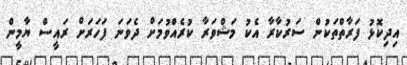
އިދިކޮޅު ފަރާތްތަކުން ސަރުކާރާ އެކު މަޝްވަރާ ކުރެއްވުމަށް ދެވަނަ ފަހަރަށް ރައީސް ޔާމީން